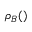
\rho _ { B } ( \u )